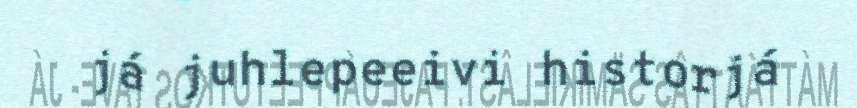
já juhlepeeivi historjá